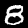
Label: 8